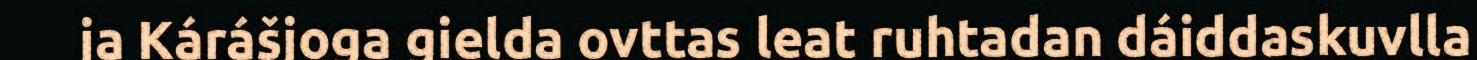
ja Kárášjoga gielda ovttas leat ruhtadan dáiddaskuvlla